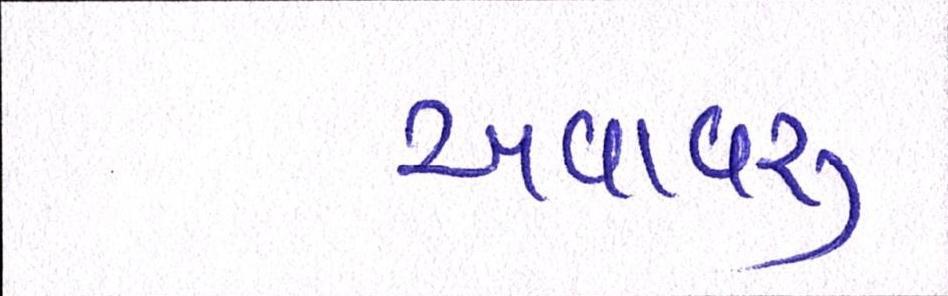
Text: અવાવરૂ